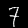
Digit: 7